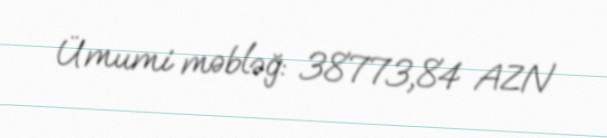
Ümumi məbləğ: 38773,84 AZN